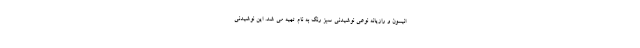
انیسون و رازیانه نوعی نوشیدنی سبز رنگ به نام تهیه می شد. این نوشیدنی